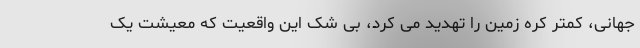
جهانی، کمتر کره زمین را تهدید می کرد، بی شک این واقعیت که معیشت یک